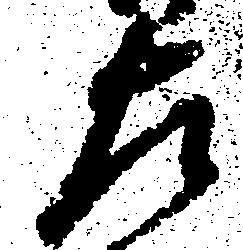
左